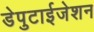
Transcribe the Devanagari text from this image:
डेपुटाईजेशन